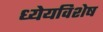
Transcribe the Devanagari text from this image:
ध्येयविशेष